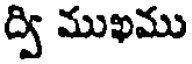
ద్వి ముఖము